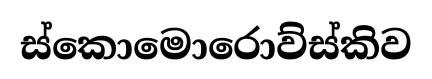
ස්කොමොරොව්ස්කිව